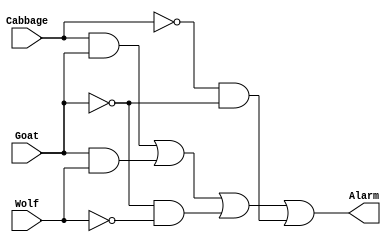
// Copyright (C) 2022  Intel Corporation. All rights reserved.
// Your use of Intel Corporation's design tools, logic functions 
// and other software and tools, and any partner logic 
// functions, and any output files from any of the foregoing 
// (including device programming or simulation files), and any 
// associated documentation or information are expressly subject 
// to the terms and conditions of the Intel Program License 
// Subscription Agreement, the Intel Quartus Prime License Agreement,
// the Intel FPGA IP License Agreement, or other applicable license
// agreement, including, without limitation, that your use is for
// the sole purpose of programming logic devices manufactured by
// Intel and sold by Intel or its authorized distributors.  Please
// refer to the applicable agreement for further details, at
// https://fpgasoftware.intel.com/eula.

// PROGRAM		"Quartus Prime"
// VERSION		"Version 21.1.1 Build 850 06/23/2022 SJ Standard Edition"
// CREATED		"Tue Sep  6 09:20:30 2022"

module lab2step2(
	Cabbage,
	Goat,
	Wolf,
	Alarm
);


input wire	Cabbage;
input wire	Goat;
input wire	Wolf;
output wire	Alarm;

wire	SYNTHESIZED_WIRE_0;
wire	SYNTHESIZED_WIRE_8;
wire	SYNTHESIZED_WIRE_3;
wire	SYNTHESIZED_WIRE_4;
wire	SYNTHESIZED_WIRE_5;
wire	SYNTHESIZED_WIRE_6;
wire	SYNTHESIZED_WIRE_7;




assign	SYNTHESIZED_WIRE_4 = Cabbage & Goat;

assign	SYNTHESIZED_WIRE_7 = SYNTHESIZED_WIRE_0 & SYNTHESIZED_WIRE_8;

assign	SYNTHESIZED_WIRE_6 = SYNTHESIZED_WIRE_8 & SYNTHESIZED_WIRE_3;

assign	SYNTHESIZED_WIRE_5 = Goat & Wolf;

assign	SYNTHESIZED_WIRE_8 =  ~Goat;

assign	SYNTHESIZED_WIRE_3 =  ~Wolf;

assign	SYNTHESIZED_WIRE_0 =  ~Cabbage;

assign	Alarm = SYNTHESIZED_WIRE_4 | SYNTHESIZED_WIRE_5 | SYNTHESIZED_WIRE_6 | SYNTHESIZED_WIRE_7;


endmodule